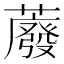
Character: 䕠